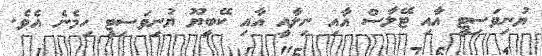
ޔުނިވަސިޓީ އާއި ޓޭލާސް އާއި ނިލާއީ އާއި ކޭބީޔޫ ޔުނިވަސިޓީ ހިމެނެ އެވެ.